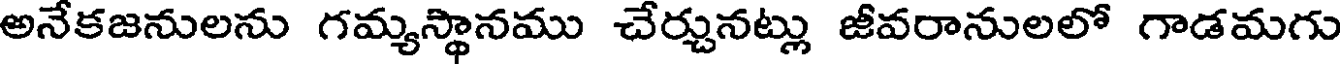
అనేకజనులను గమ్యస్థానము చేర్చునట్లు జీవరానులలో గాడమగు